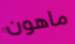
ماهون